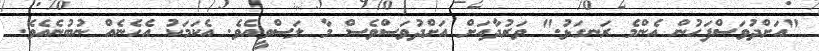
"އަށްދުވަސްފަހުން އެންމެ ރަނގަޅު." ވަރުދާއަށް އަށްދުވަސްވެސް މާ ލަސްވީއެވެ. އެކަމަކު އެހެނެއް ނުބުނެއެވެ.